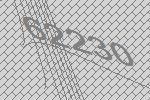
62230